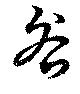
咎